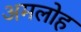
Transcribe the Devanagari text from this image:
अमलोह